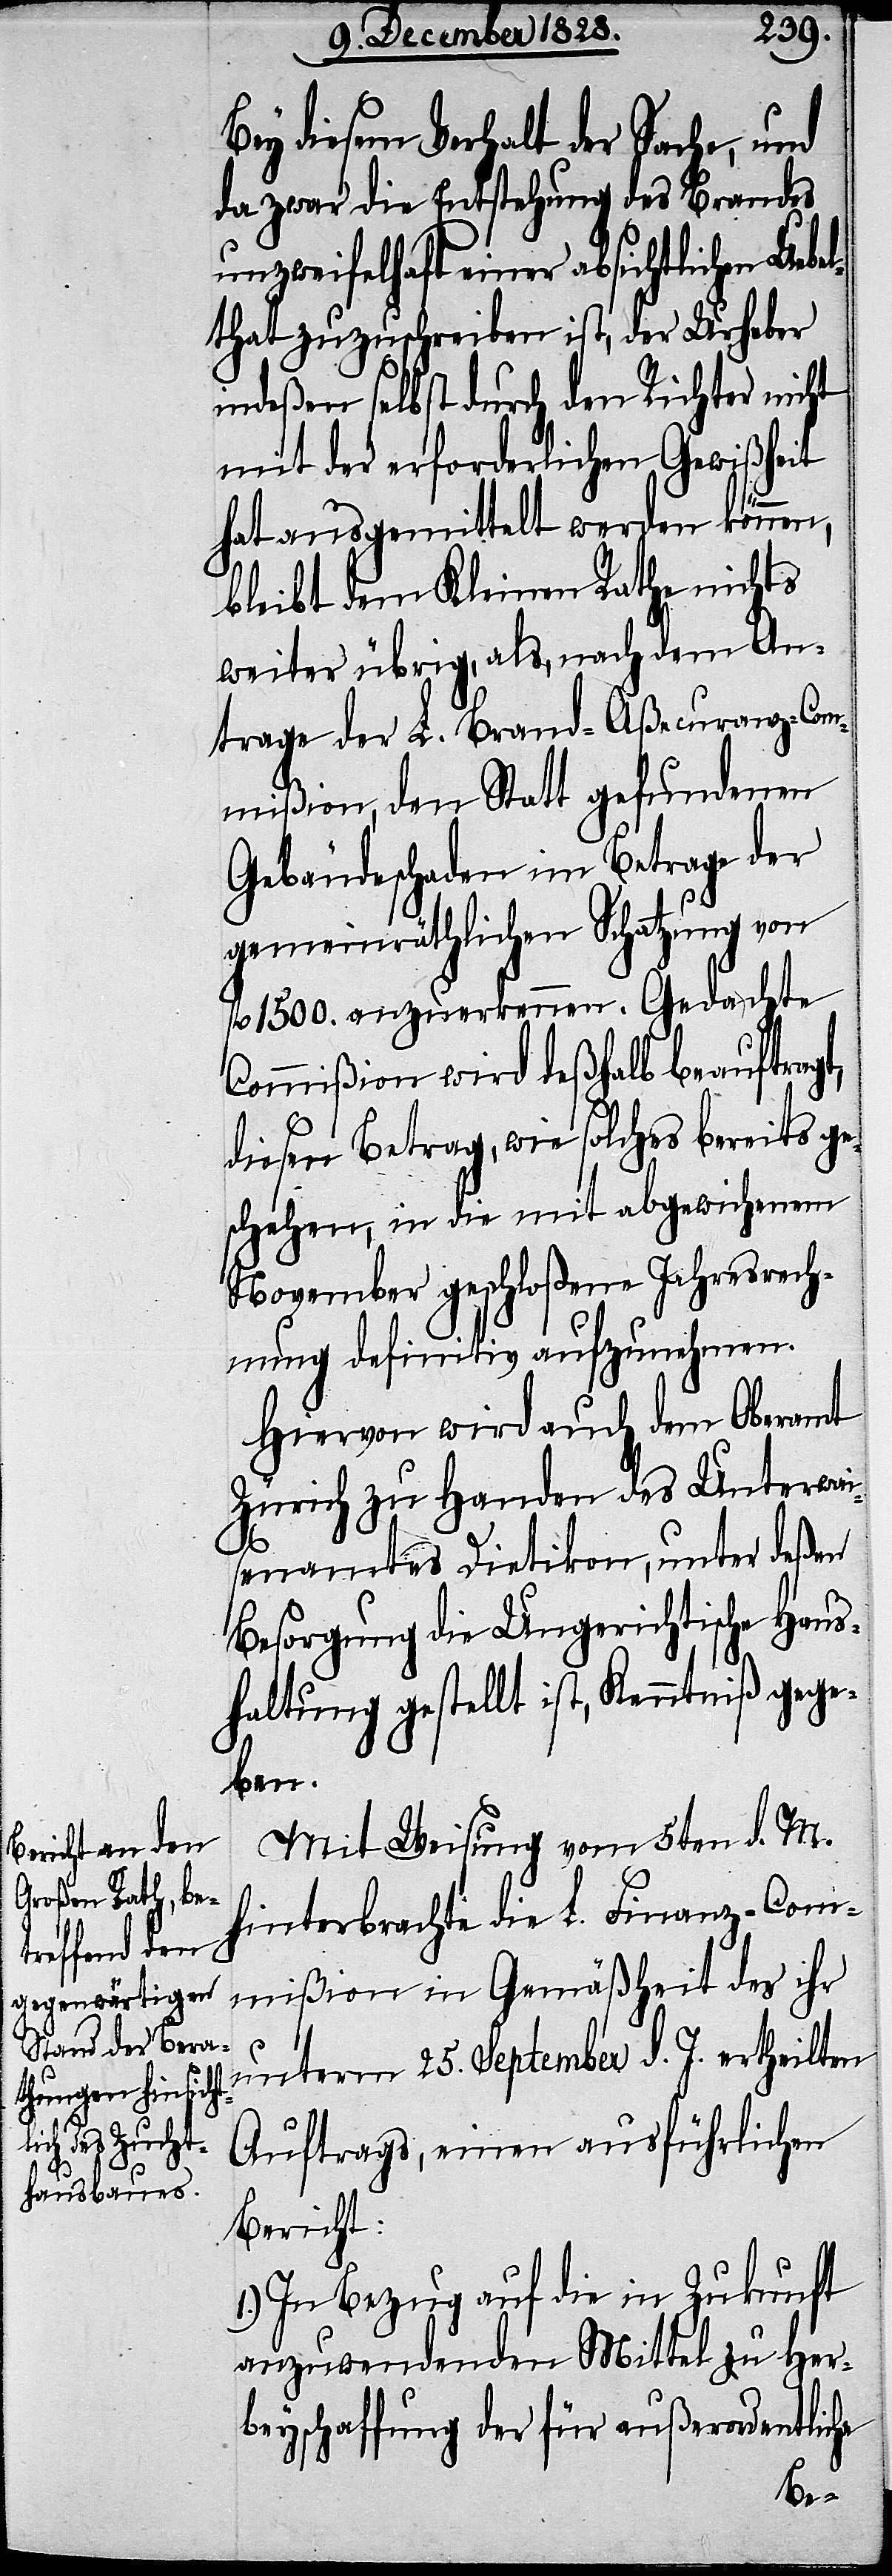
Bey diesem Verhalt der Sache, und
da zwar die Entstehung des Brandes
unzweifelhaft einer absichtlichen Ueb¬
elthat zuzuschreiben ist, der Urheber
indeßen selbst durch den Richter nicht
mit der erforderlichen Gewißheit
hat ausgemittelt werden können,
bleibt dem Kleinen Rathe nichts
weiter übrig, als, nach dem An¬
trage der L. Brand-Aßecuranz-Com¬
mißion, den Statt gefundenen
Gebäudeschaden im Betrage der
gemeinräthlichen Schatzung von
fl. 1500. anzuerkennen. Gedachte
Commißion wird deßhalb beauftragt,
diesen Betrag, wie solches bereits ge¬
schehen, in die mit abgewichenen
November geschloßene Jahresrech¬
nung definitiv aufzunehmen.
Hiervon wird auch dem Oberamt
Zürich zu Handen des Unterwai¬
senamtes Dietikon, unter deßen
Besorgung die Ungerichtische Haus¬
haltung gestellt ist, Kenntniß gege¬
ben.
Mit Weisung vom 5ten d. M.
hinterbrachte die L. Finanz-Com¬
mißion in Gemäßheit des ihr
unterm 25. September d. J. ertheilten
Auftrags, einen ausführlichen
Bericht:
1.) In Bezug auf die in Zukunft
anzuwendenden Mittel zu Her¬
beyschaffung der für außerordentliche